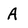
Character: A